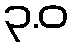
၃.ဝ